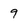
Character: 9